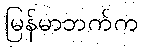
မြန်မာဘက်က